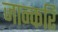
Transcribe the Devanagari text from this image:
जान्करि